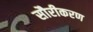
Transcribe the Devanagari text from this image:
सौरीकरण